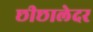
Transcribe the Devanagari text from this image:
छीछालेदर